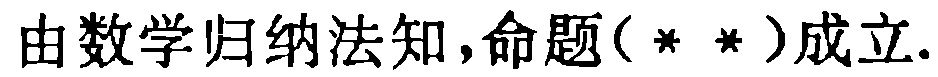
由数学归纳法知，命题(\*\*)成立.